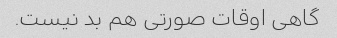
گاهی اوقات صورتی هم بد نیست.